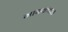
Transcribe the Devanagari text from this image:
गायकवाङ